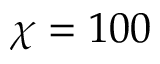
\chi = 1 0 0